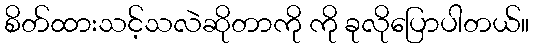
စိတ်ထားသင့်သလဲဆိုတာကို ကို ခုလိုပြောပါတယ်။